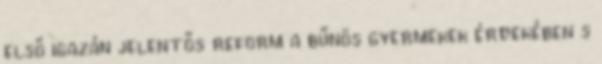
első igazán jelentős reform a bűnös gyermekek érdekében s